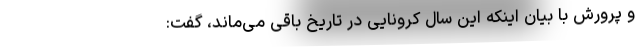
و پرورش با بیان اینکه این سال کرونایی در تاریخ باقی می‌ماند، گفت: